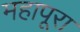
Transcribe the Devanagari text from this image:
महापूरा